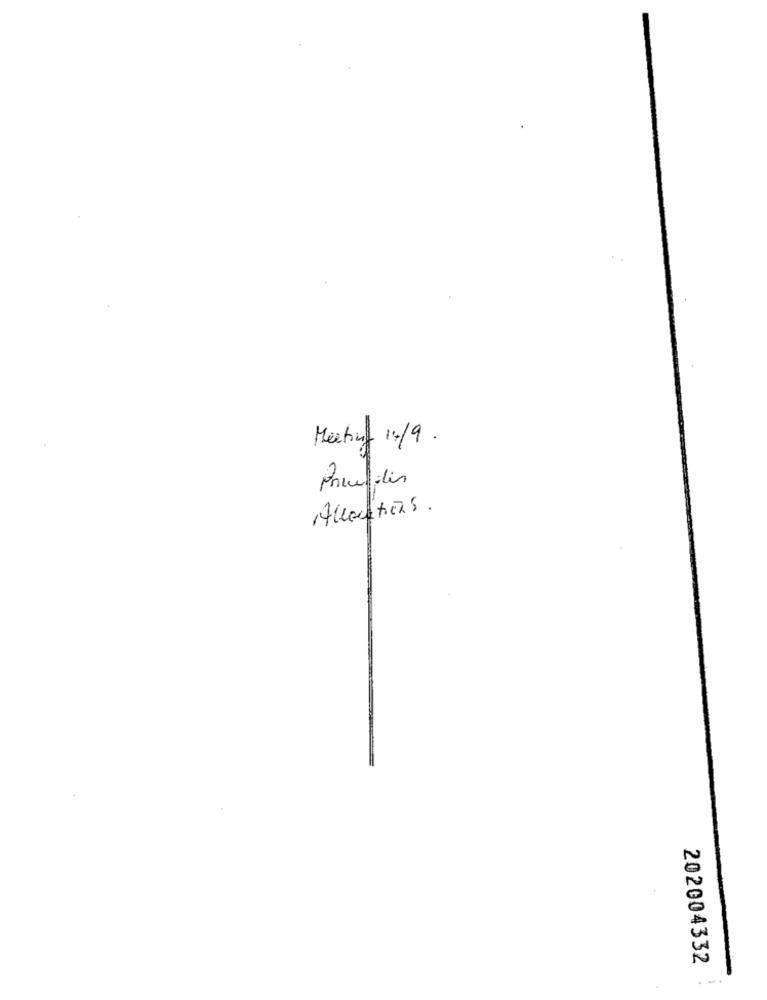
Meeting 1.19.
Pricefilis
202004332